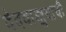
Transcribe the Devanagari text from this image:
वेदवाङ्मयाची